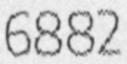
6882